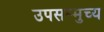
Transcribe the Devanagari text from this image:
उपसम्मुच्य